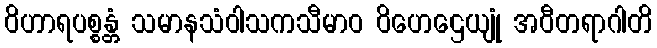
ဝိဟာရပစ္စန္တံ သမာနသံဝါသကသီမာဝ ဝိဟေဌေယျုံ အဝီတရာဂါတိ